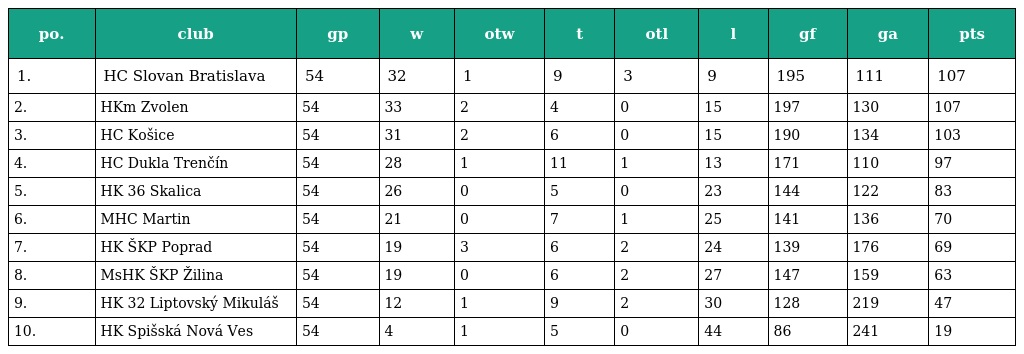
| po. | club | gp | w | otw | t | otl | l | gf | ga | pts |
 | --- | --- | --- | --- | --- | --- | --- | --- | --- | --- | --- |
 | 1. | HC Slovan Bratislava | 54 | 32 | 1 | 9 | 3 | 9 | 195 | 111 | 107 |
 | 2. | HKm Zvolen | 54 | 33 | 2 | 4 | 0 | 15 | 197 | 130 | 107 |
 | 3. | HC Košice | 54 | 31 | 2 | 6 | 0 | 15 | 190 | 134 | 103 |
 | 4. | HC Dukla Trenčín | 54 | 28 | 1 | 11 | 1 | 13 | 171 | 110 | 97 |
 | 5. | HK 36 Skalica | 54 | 26 | 0 | 5 | 0 | 23 | 144 | 122 | 83 |
 | 6. | MHC Martin | 54 | 21 | 0 | 7 | 1 | 25 | 141 | 136 | 70 |
 | 7. | HK ŠKP Poprad | 54 | 19 | 3 | 6 | 2 | 24 | 139 | 176 | 69 |
 | 8. | MsHK ŠKP Žilina | 54 | 19 | 0 | 6 | 2 | 27 | 147 | 159 | 63 |
 | 9. | HK 32 Liptovský Mikuláš | 54 | 12 | 1 | 9 | 2 | 30 | 128 | 219 | 47 |
 | 10. | HK Spišská Nová Ves | 54 | 4 | 1 | 5 | 0 | 44 | 86 | 241 | 19 |